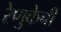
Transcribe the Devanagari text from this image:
रेणुकेची